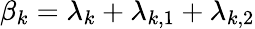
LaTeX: \beta_{k}=\lambda_{k}+\lambda_{k,1}+\lambda_{k,2}